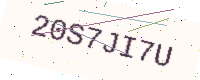
Text: 20S7JI7U